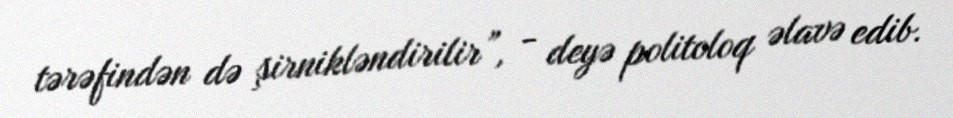
tərəfindən də şirnikləndirilir”, - deyə politoloq əlavə edib.